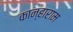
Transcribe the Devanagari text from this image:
कान्हाराम